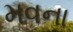
મવના